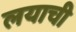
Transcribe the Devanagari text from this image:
लयाची